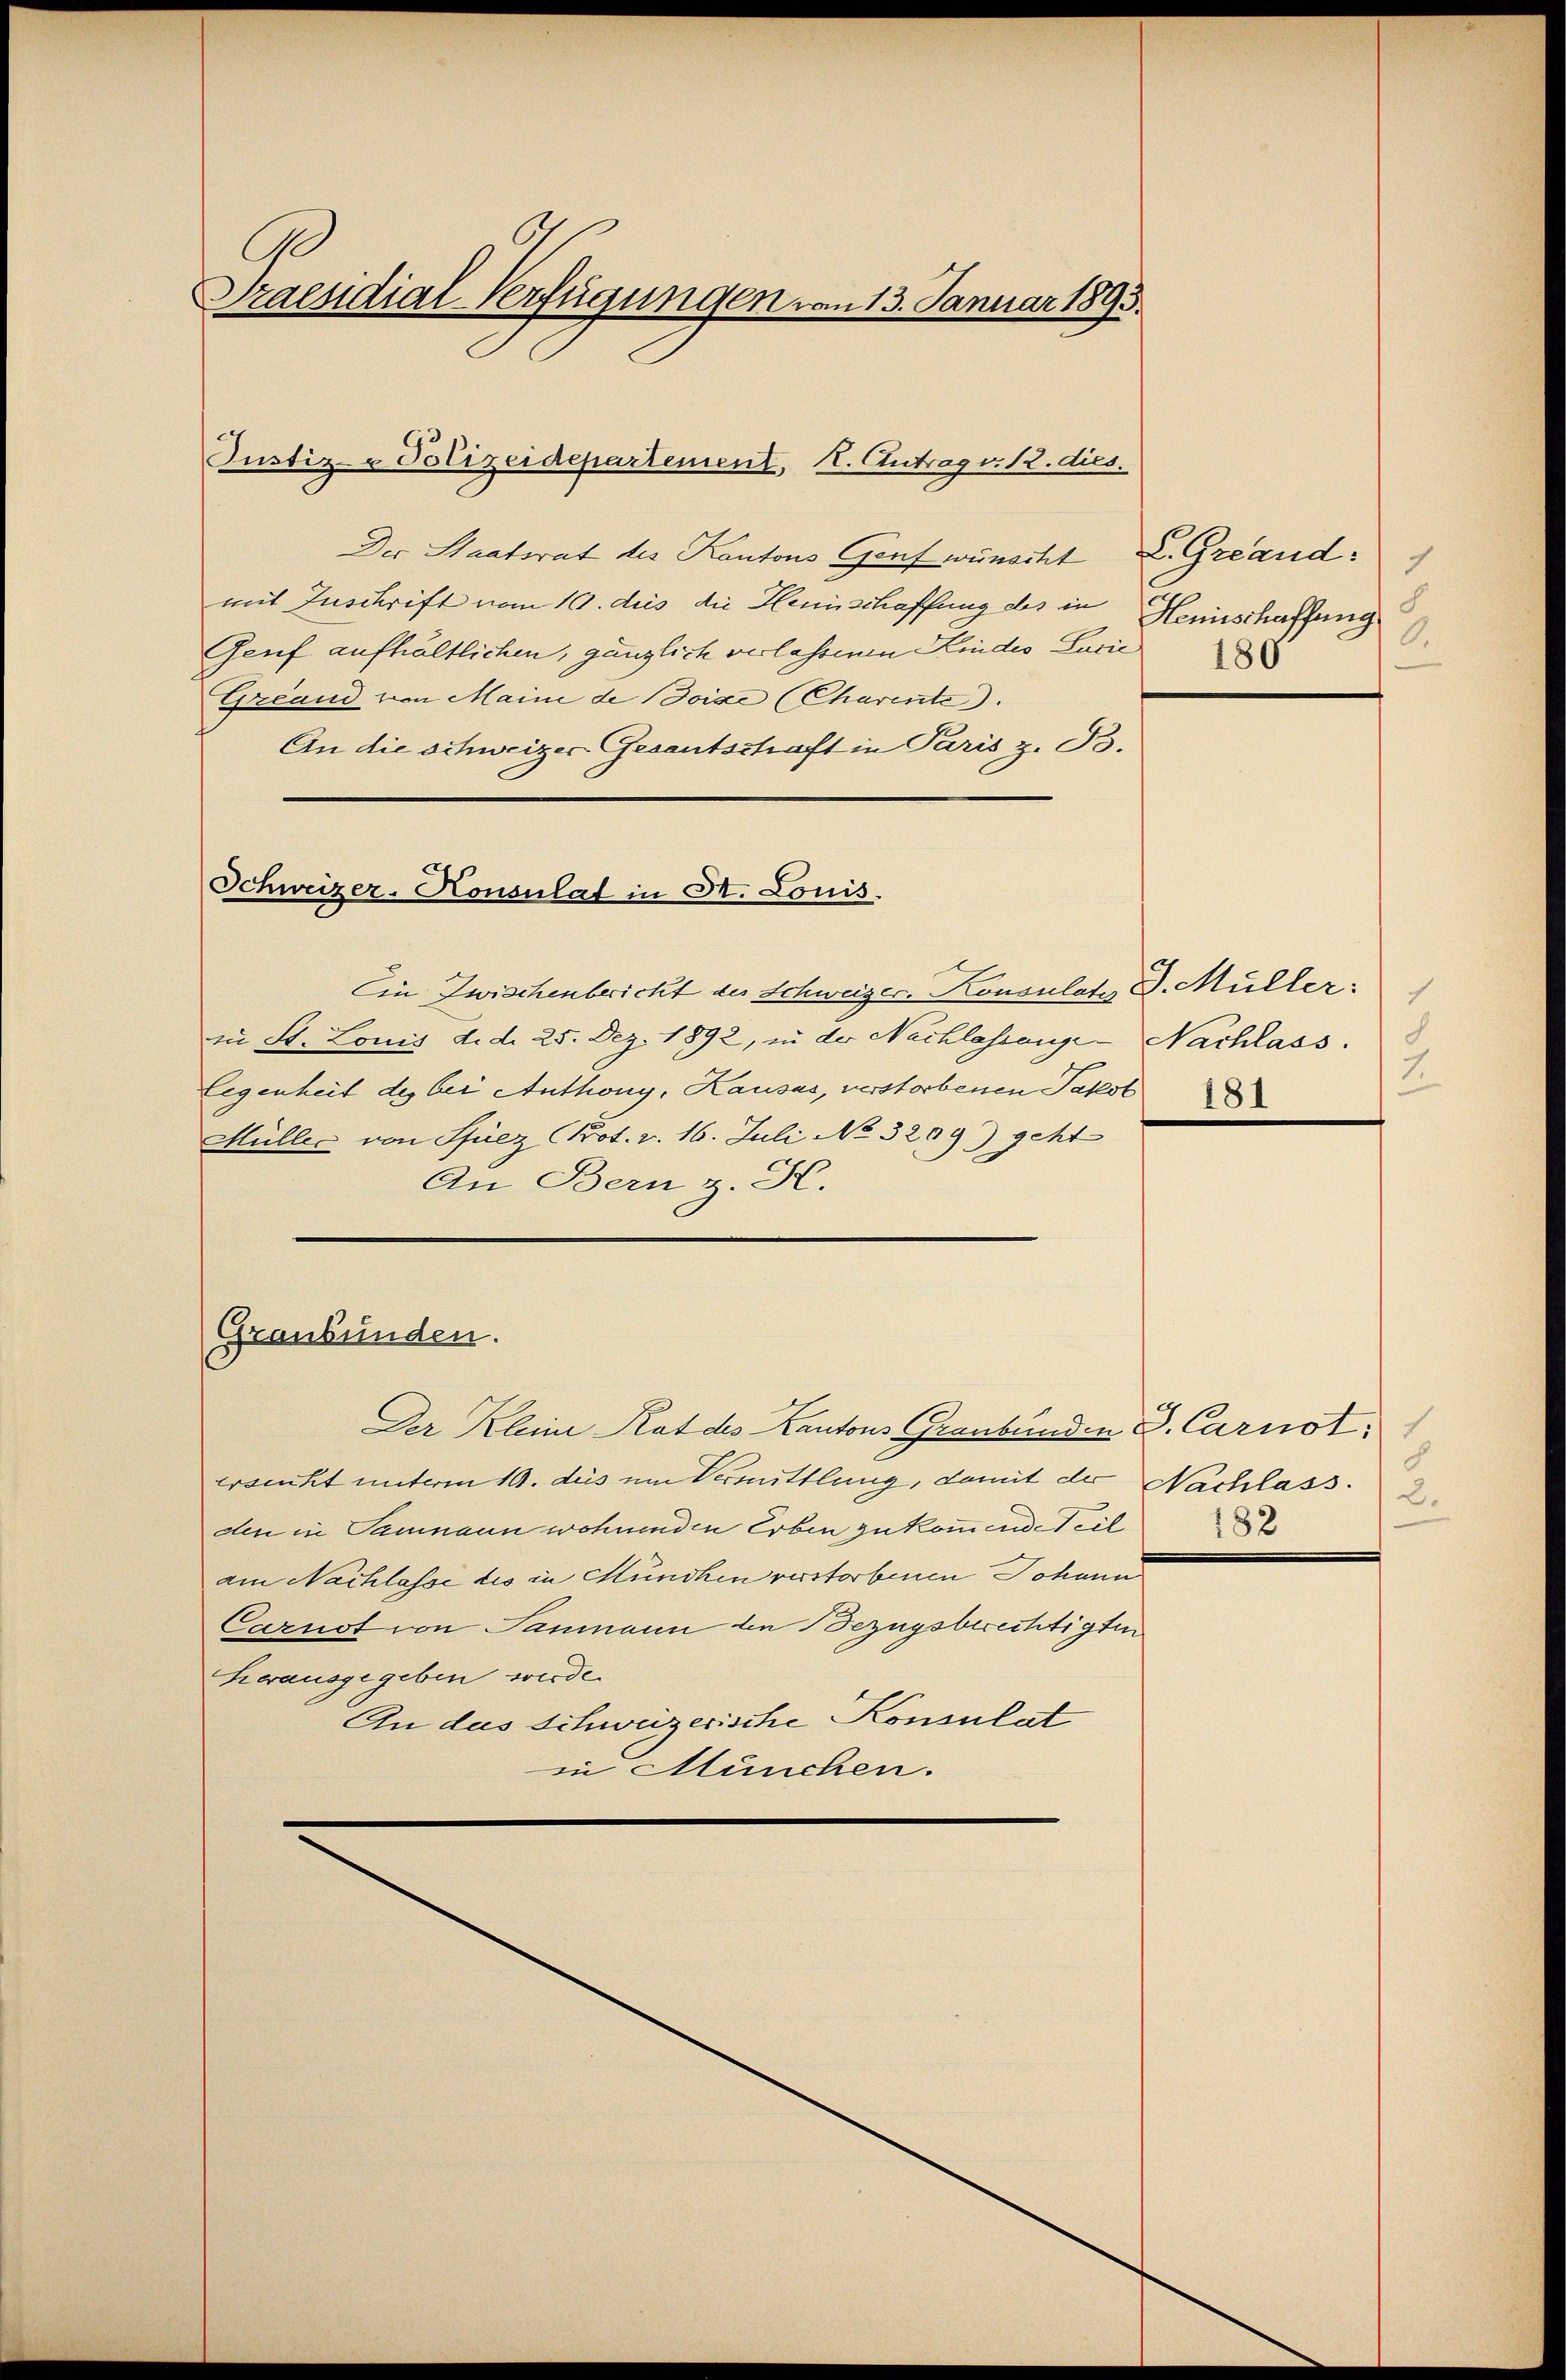
Praesidial-Verfügungen vom 13. Januar 1895.

Justiz- u Polizeidepartement, I. Antrag v. 12. dies.

Der Staatsrat des Kantons Genf wünscht L. Greand:
mit Zuschrift vom 10. des die Heinschaffung des in
Genf aufhältlichen, gänzlich verlassenen Kindes Lacie
Greand von Maine de Boize (Charente
An die schweizer Gesantschaft in Paris z. B.

Schweizer-Honsulat in St. Louis.

Graubünden.

c
8
Hemischaffung
0.

Ein Zwischenbericht des Schweizer. Konsulats J. Müller.
zu St. Louis d. d. 25. Dez. 1892, in der Nachlassenge Nachlass.
Gegenheit des bei Anthony, Kausas, verstorbenen Jakob
Müller von Pfuez Prot. v. 16. Juli No 3209) geht
An Bern z. H.

Der Kleine Rat des Kantons Graubünden S. Carnot
ersinkt unterm 19. des um Vermittlung, damit der Nachlass. 2
den in Saumann wohnenden Erben zukommende Teil
am Nachlasse des in Mundhen verstorbenen Johann
Carnot von Sanmann in Bezugsberechtigten
herausgegeben werde.
An das Schweizerische Konsulat
in München.

2

8
182